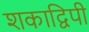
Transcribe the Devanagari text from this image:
शकाद्विपी